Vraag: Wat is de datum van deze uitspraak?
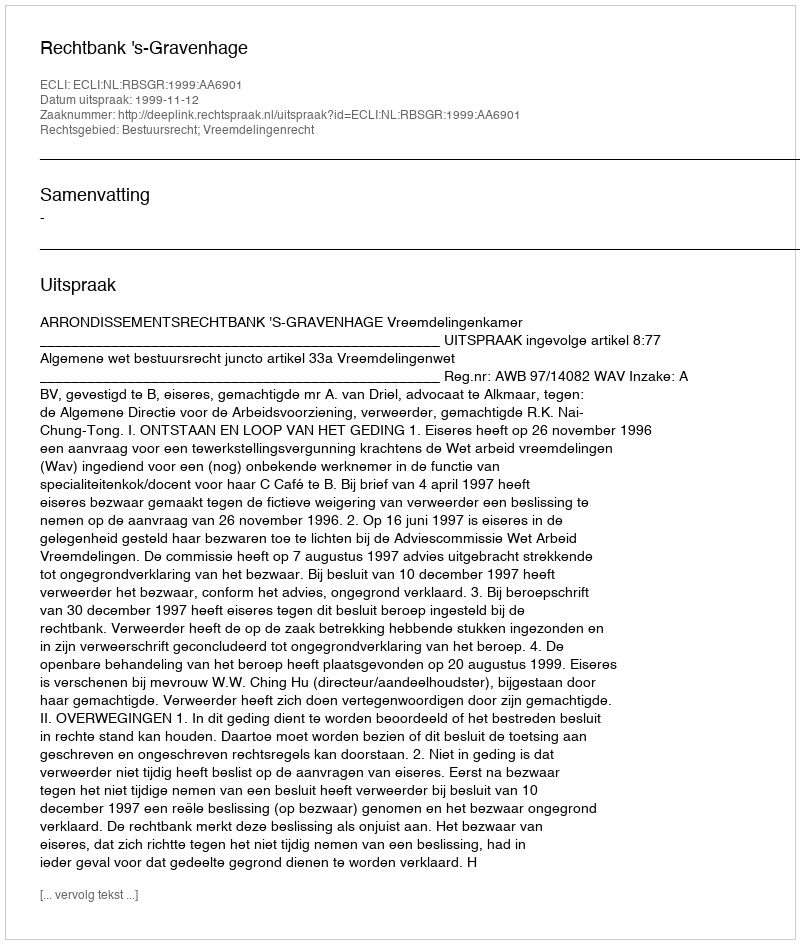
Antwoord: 1999-11-12